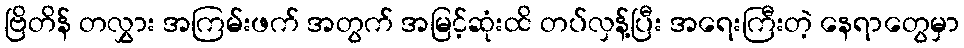
ဗြိတိန် တလွှား အကြမ်းဖက် အတွက် အမြင့်ဆုံးထိ တပ်လှန့်ပြီး အရေးကြီးတဲ့ နေရာတွေမှာ